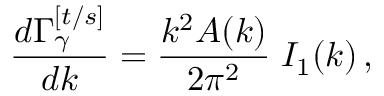
\frac { d \Gamma _ { \gamma } ^ { [ t / s ] } } { d k } = { \frac { k ^ { 2 } { \cal A } ( k ) } { 2 \pi ^ { 2 } } } \; I _ { 1 } ( k ) \, ,